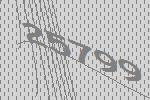
25799